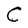
Character: C